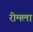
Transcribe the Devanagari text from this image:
रीमला